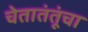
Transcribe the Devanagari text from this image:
चेतातंतूंचा